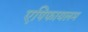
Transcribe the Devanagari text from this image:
एपिफायलम